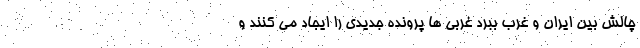
چالش بین ایران و غرب ببرد غربی ها پرونده جدیدی را ایجاد می کنند و